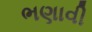
ભણાવી